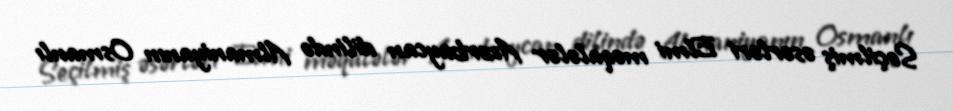
Seçilmiş əsərləri Elmi məqalələr Azərbaycan dilində Almaniyanın Osmanlı